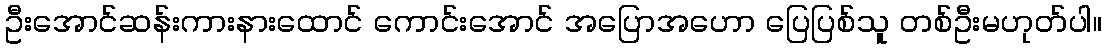
ဦးအောင်ဆန်းကားနားထောင် ကောင်းအောင် အပြောအဟော ပြေပြစ်သူ တစ်ဦးမဟုတ်ပါ။